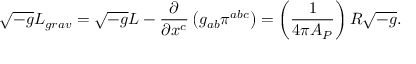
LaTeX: \sqrt { - g } L _ { g r a v } = \sqrt { - g } L - { \frac { \partial } { \partial x ^ { c } } } \left( g _ { a b } \pi ^ { a b c } \right) = \left( { \frac { 1 } { 4 \pi { \cal A } _ { P } } } \right) R \sqrt { - g } .